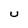
Character: U